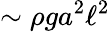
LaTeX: \sim\rho ga^{2}\ell^{2}